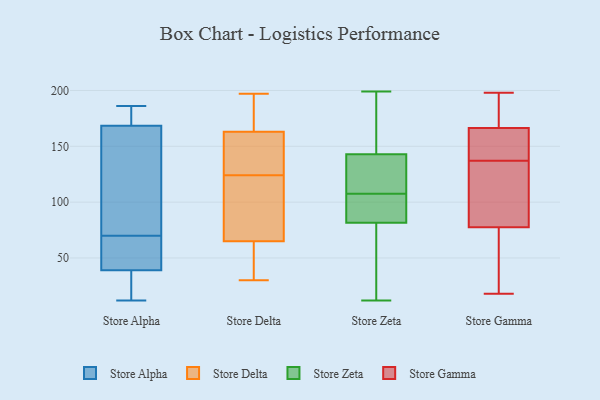
{"axis": {"x": "Production Output", "y": "Value"}, "legend": ["Store Alpha", "Store Delta", "Store Gamma", "Store Zeta"], "data": [{"x": "", "y": 185, "type": "Store Alpha"}, {"x": "", "y": 186, "type": "Store Alpha"}, {"x": "", "y": 171, "type": "Store Alpha"}, {"x": "", "y": 61, "type": "Store Alpha"}, {"x": "", "y": 70, "type": "Store Alpha"}, {"x": "", "y": 166, "type": "Store Alpha"}, {"x": "", "y": 75, "type": "Store Alpha"}, {"x": "", "y": 45, "type": "Store Alpha"}, {"x": "", "y": 69, "type": "Store Alpha"}, {"x": "", "y": 33, "type": "Store Alpha"}, {"x": "", "y": 175, "type": "Store Alpha"}, {"x": "", "y": 12, "type": "Store Alpha"}, {"x": "", "y": 70, "type": "Store Alpha"}, {"x": "", "y": 84, "type": "Store Alpha"}, {"x": "", "y": 19, "type": "Store Alpha"}, {"x": "", "y": 33, "type": "Store Alpha"}, {"x": "", "y": 124, "type": "Store Delta"}, {"x": "", "y": 62, "type": "Store Delta"}, {"x": "", "y": 163, "type": "Store Delta"}, {"x": "", "y": 169, "type": "Store Delta"}, {"x": "", "y": 155, "type": "Store Delta"}, {"x": "", "y": 30, "type": "Store Delta"}, {"x": "", "y": 124, "type": "Store Delta"}, {"x": "", "y": 197, "type": "Store Delta"}, {"x": "", "y": 65, "type": "Store Delta"}, {"x": "", "y": 101, "type": "Store Delta"}, {"x": "", "y": 98, "type": "Store Zeta"}, {"x": "", "y": 183, "type": "Store Zeta"}, {"x": "", "y": 12, "type": "Store Zeta"}, {"x": "", "y": 107, "type": "Store Zeta"}, {"x": "", "y": 131, "type": "Store Zeta"}, {"x": "", "y": 144, "type": "Store Zeta"}, {"x": "", "y": 62, "type": "Store Zeta"}, {"x": "", "y": 78, "type": "Store Zeta"}, {"x": "", "y": 159, "type": "Store Zeta"}, {"x": "", "y": 76, "type": "Store Zeta"}, {"x": "", "y": 118, "type": "Store Zeta"}, {"x": "", "y": 90, "type": "Store Zeta"}, {"x": "", "y": 114, "type": "Store Zeta"}, {"x": "", "y": 199, "type": "Store Zeta"}, {"x": "", "y": 75, "type": "Store Zeta"}, {"x": "", "y": 85, "type": "Store Zeta"}, {"x": "", "y": 108, "type": "Store Zeta"}, {"x": "", "y": 172, "type": "Store Zeta"}, {"x": "", "y": 142, "type": "Store Zeta"}, {"x": "", "y": 91, "type": "Store Zeta"}, {"x": "", "y": 22, "type": "Store Gamma"}, {"x": "", "y": 18, "type": "Store Gamma"}, {"x": "", "y": 166, "type": "Store Gamma"}, {"x": "", "y": 167, "type": "Store Gamma"}, {"x": "", "y": 194, "type": "Store Gamma"}, {"x": "", "y": 92, "type": "Store Gamma"}, {"x": "", "y": 84, "type": "Store Gamma"}, {"x": "", "y": 152, "type": "Store Gamma"}, {"x": "", "y": 161, "type": "Store Gamma"}, {"x": "", "y": 112, "type": "Store Gamma"}, {"x": "", "y": 173, "type": "Store Gamma"}, {"x": "", "y": 122, "type": "Store Gamma"}, {"x": "", "y": 157, "type": "Store Gamma"}, {"x": "", "y": 71, "type": "Store Gamma"}, {"x": "", "y": 50, "type": "Store Gamma"}, {"x": "", "y": 198, "type": "Store Gamma"}]}